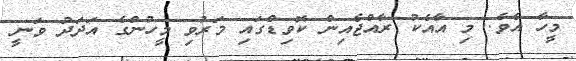
މީހާ އެވެ. މި އާއެކު ރާއްޖެއިން ކޮވިޑްގައި މަރުވި މީހުންގެ އަދަދު ވަނީ